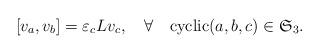
LaTeX: \begin{align*} [v_a,v_b] = \varepsilon_c Lv_c,\quad\forall\quad\mbox{cyclic}(a,b,c)\in \mathfrak{S}_3.\end{align*}